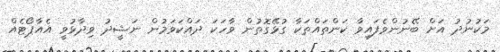
މަކުނުދު އަށް ބޭނުންވެފައިވާ ކަންތައްތަކާ ގުޅޭގޮތުން ވާހަކަ ދައްކަވަމުން ނަޝީދު ވިދާޅުވީ އެއާޕޯޓެއް